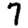
Digit: 7